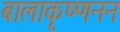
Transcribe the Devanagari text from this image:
बालाकृष्णनन